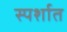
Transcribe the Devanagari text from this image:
स्पर्शात